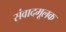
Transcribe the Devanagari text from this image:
संवादमूलक